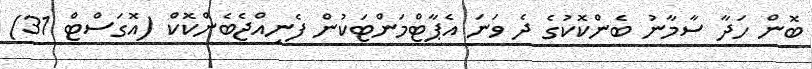
ބޮން ހަދާ ސާމާނު ބެންކޮކުގެ ދެ ވަނަ އެޕާޓްމަންޓަކުން ފެނިއްޖެބެންކޮކް (އޮގަސްޓް 31)